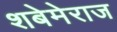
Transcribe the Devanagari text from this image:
शबेमेराज